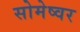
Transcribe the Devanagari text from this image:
सोमेष्वर